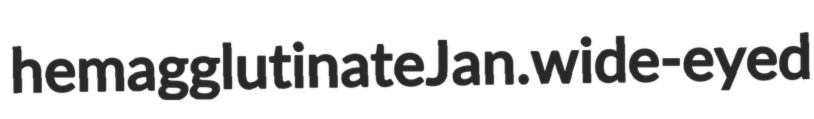
hemagglutinate Jan. wide-eyed